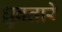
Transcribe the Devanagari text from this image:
ध्रुवतारे